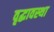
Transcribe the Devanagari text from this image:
वृद्धावस्‍था